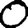
Digit: 0